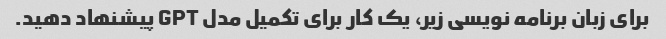
برای زبان برنامه نویسی زیر، یک کار برای تکمیل مدل GPT پیشنهاد دهید.